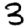
Digit: 3